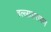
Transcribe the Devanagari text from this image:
वल्लावारायण